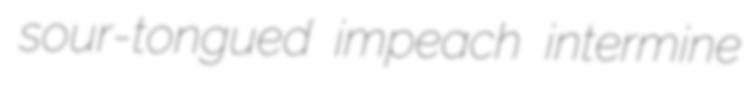
sour-tongued impeach intermine